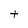
Character: t